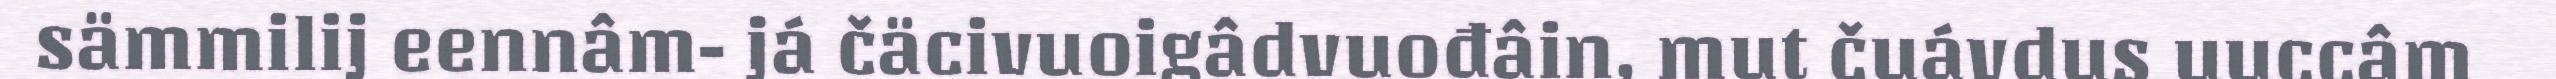
sämmilij eennâm- já čäcivuoigâdvuođâin, mut čuávdus uuccâm